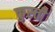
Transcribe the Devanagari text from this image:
कुस्त्ती